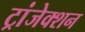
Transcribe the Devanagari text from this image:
ट्रांजेक्‍शन